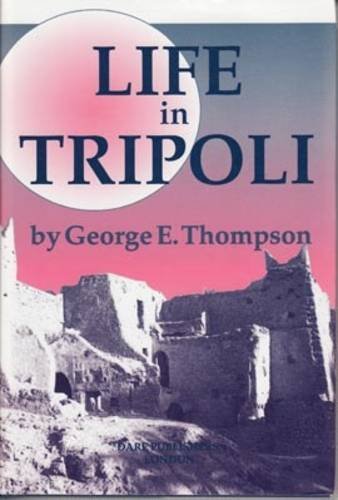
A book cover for Life in Tripoli: with a peep at ancient Carthage; George E. THOMPSON; Travel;